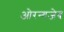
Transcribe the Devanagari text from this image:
ओरन्गजेब